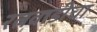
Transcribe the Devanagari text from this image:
रत्नवाडीचा